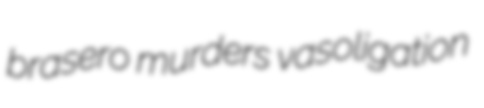
brasero murders vasoligation